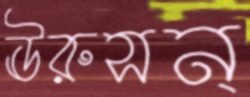
ঊরুসন্